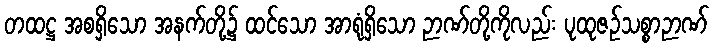
တထဋ္ဌ အစရှိသော အနက်တို့၌ ထင်သော အာရုံရှိသော ဉာဏ်တို့ကိုလည်း ပုထုဇဉ်သစ္စာဉာဏ်